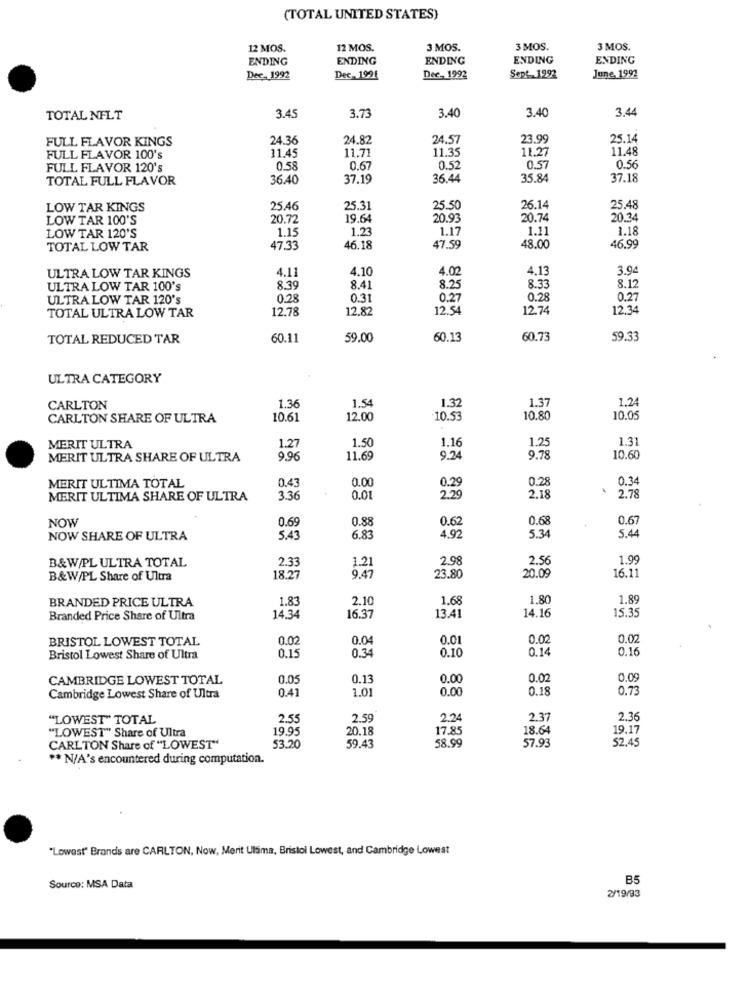
(TOTAL UNITED STATES)
12 MOS.
12 MOS.
3 MOS.
3 MOS.
3 MOS.
ENDING
ENDING
ENDING
ENDING
ENDING
Dec- 1992
Dec- 1991
Dee, 1992
Sept. 1992
June, 1992
3.73
3.40
3.44
TOTAL NFLT
3.45
3.40
FULL FLAVOR KINGS
24.36
24.82
24.57
23.99
25.14
11.45
11.71
11.35
11.27
11.48
FULL FLAVOR 100's
0.57
FULL FLAVOR 120's
05
0.67
0.57
0.5
TOTAL FULL FLAVOR
36.40
37.19
36.44
35.84
37.18
LOW TAR KINGS
25.46
25.31
25.50
26.14
25.48
LOW TAR 100'S
20.72
19.64
20.93
20.74
20.34
1.15
1.23
1.17
1.11
1.18
LOW TAR 120'S
TOTAL LOW TAR
47.33
46.18
47.59
48.00
46.99
4.10
4.02
4,13
3.94
ULTRA LOW TAR KINGS
4.11
ULTRA LOW TAR 100's
8.39
8.41
8.25
8.33
8.1
ULTRA LOW TAR 120's
0.28
0.31
0.27
0.28
027
TOTAL ULTRA LOW TAR
12.78
12.82
12.54
12.74
12.34
TOTAL REDUCED TAR
60.11
59.00
60.13
60.73
59.33
ULTRA CATEGORY
1.54
1.32
1.3
1.24
CARLTON
1.3
CARLTON SHARE OF ULTRA
10.61
12.00
10.53
10.80
10.05
1.50
1.16
1.2
1.31
MERIT ULTRA
1.27
MERIT ULTRA SHARE OF ULTRA
9.96
11.69
9.24
9.78
10.60
0.43
0.00
0.29
0.2
0.34
MERIT ULTIMA TOTAL
.
2.78
MERIT ULTIMA SHARE OF ULTRA
3.36
0.01
2.29
2.18
0.69
0.8
0.62
0.6
0.6
NOW
NOW SHARE OF ULTRA
5.43
6.83
4.92
5.34
5.4
2.33
2.98
2.56
1.99
B&W/PL ULTRA TOTAL
1.21
B&W/PL Share of Ultra
18.27
9.47
23.80
20.09
16.11
BRANDED PRICE ULTRA
1.83
2.10
1.68
1.80
1.8
14.16
15.35
Branded Price Share of Ultra
14.34
16.37
13.41
BRISTOL LOWEST TOTAL
0.02
0.04
0.01
0.02
0.02
0.34
0.10
0.14
0.16
Bristol Lowest Share of Ultra
0.15
CAMBRIDGE LOWEST TOTAL
0.05
0.13
0.00
0.0
0.41
1.01
0.00
0.18
0.73
Cambridge Lowest Share of Ultra
"LOWEST" TOTAL
2.55
2.59
2.24
2.37
2.36
19.95
20.18
17.85
18.64
19.17
"LOWEST" Share of Ultra
58.99
57.93
52.45
CARLTON Share of "LOWEST"
53.20
59.43
** N/A's encountered during computation.
"Lowest" Brands are CARLTON, Now, Merit Ulsma, Bristol Lowest, and Cambridge Lowest
B5
Source: MSA Data
2/19/93